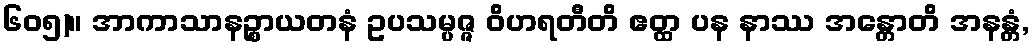
၆၀၅)။ အာကာသာနဉ္စာယတနံ ဥပသမ္ပဇ္ဇ ဝိဟရတီတိ ဧတ္ထ ပန နာဿ အန္တောတိ အနန္တံ,